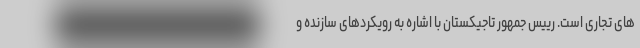
های تجاری است. رییس جمهور تاجیکستان با اشاره به رویکردهای سازنده و